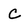
Character: C